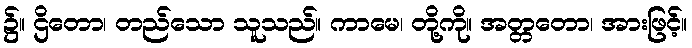
၌။ ဌိတော၊ တည်သော သူသည်။ ကာမေ၊ တို့ကို။ အတ္တတော၊ အားဖြင့်။